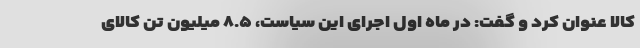
کالا عنوان کرد و گفت: در ماه اول اجرای این سیاست، ۸.۵ میلیون تُن کالای